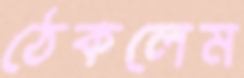
ঠেকলেম